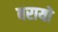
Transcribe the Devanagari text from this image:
बरायो